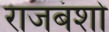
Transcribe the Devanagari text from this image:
राजबंशो